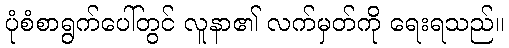
ပုံစံစာရွက်ပေါ်တွင် လူနာ၏ လက်မှတ်ကို ရေးရသည်။